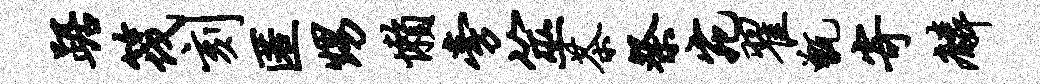
踞筏刻匿甥懒旁筮茶祭宛翟甑寄麟